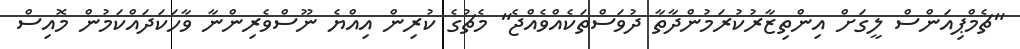
"ޗެމްޕިއަންސް ލީގަށް އިންތިޒާރުކުރަމުންދާތާ ދުވަސްތަކެއްވެއްޖެ" މެޗުގެ ކުރިން އިއްޔެ ނޫސްވެރިންނާ ވާހަކަދައްކަމުން މޮއިސް